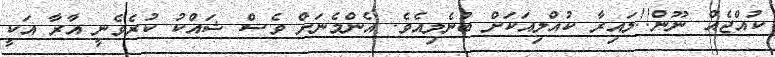
ކުއްޖެއް ނޫން!!ލައިރާ ކުއްލިއަކަށް ބުނެލިއެވެ. އެންމެނަށް ވެސް ޝައްކު ކުރެވެނީ އާރާ އަކީ